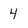
Character: 4